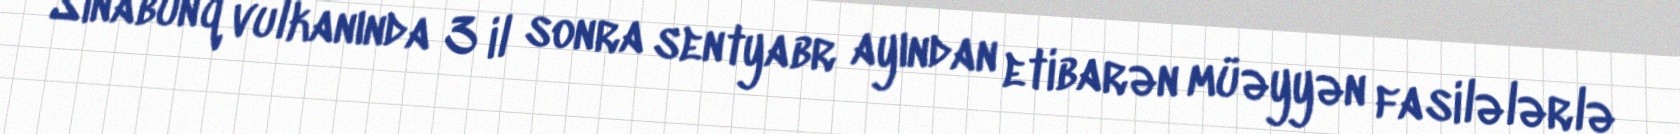
Sinabunq vulkanında 3 il sonra sentyabr ayından etibarən müəyyən fasilələrlə